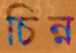
চিন্ন